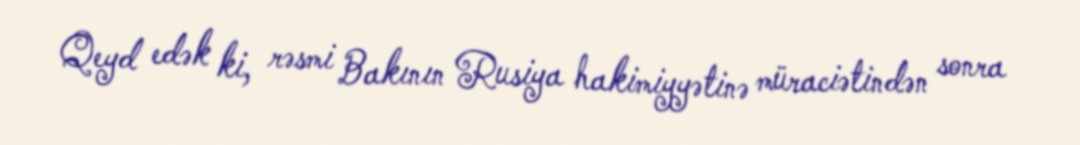
Qeyd edək ki, rəsmi Bakının Rusiya hakimiyyətinə müraciətindən sonra